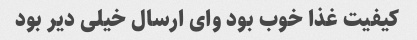
کیفیت غذا خوب بود وای ارسال خیلی دیر بود